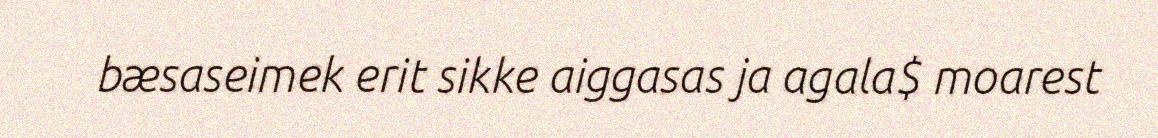
bæsaseimek erit sikke aiggasas ja agala$ moarest